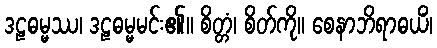
ဒဠဓမ္မဿ၊ ဒဠဓမ္မမင်း၏။ စိတ္တံ၊ စိတ်ကို။ စေနာဘိရာဓယိံ၊